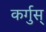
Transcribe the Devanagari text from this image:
कर्गुस्